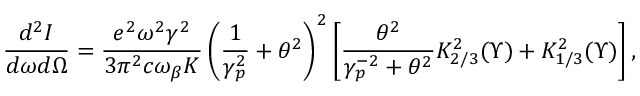
\frac { d ^ { 2 } I } { d \omega d \Omega } = \frac { e ^ { 2 } \omega ^ { 2 } \gamma ^ { 2 } } { 3 \pi ^ { 2 } c \omega _ { \beta } K } \left( \frac { 1 } { \gamma _ { p } ^ { 2 } } + \theta ^ { 2 } \right) ^ { 2 } \left[ \frac { \theta ^ { 2 } } { \gamma _ { p } ^ { - 2 } + \theta ^ { 2 } } K _ { 2 / 3 } ^ { 2 } ( \Upsilon ) + K _ { 1 / 3 } ^ { 2 } ( \Upsilon ) \right] ,